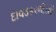
દાવડકરભીડથી